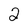
Character: 2